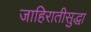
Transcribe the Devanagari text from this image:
जाहिरातीसुद्धा